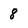
Character: 8